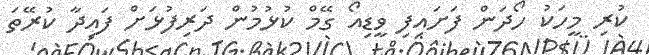
ކުރި މީހަކު ހޯދަން ފަށައިފި ވީޑިއޯ ގޭމް ކުޅުމުން ދަރިފުޅަށް ފައިދާ ކުރޭޭތަ